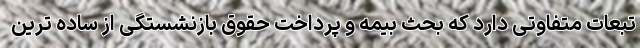
تبعات متفاوتی دارد که بحث بیمه و پرداخت حقوق بازنشستگی از ساده ترین